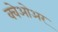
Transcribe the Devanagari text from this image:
क्वेओअर